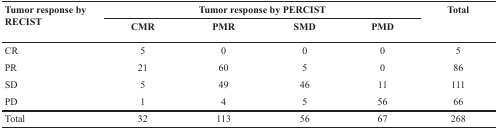
| <ROWSPAN=2> Tumor response by RECIST | <COLSPAN=4> Tumor response by PERCIST | <ROWSPAN=2> Total |
 | CMR | PMR | SMD | PMD |
 | --- | --- | --- | --- | --- | --- |
 | CR | 5 | 0 | 0 | 0 | 5 |
 | PR | 21 | 60 | 5 | 0 | 86 |
 | SD | 5 | 49 | 46 | 11 | 111 |
 | PD | 1 | 4 | 5 | 56 | 66 |
 | Total | 32 | 113 | 56 | 67 | 268 |